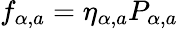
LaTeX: f_{\alpha,a}=\eta_{\alpha,a}P_{\alpha,a}